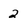
Character: 2